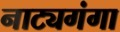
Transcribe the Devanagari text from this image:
नाट्यगंगा